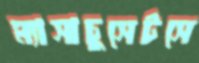
ম্যাসাচুসেটসে